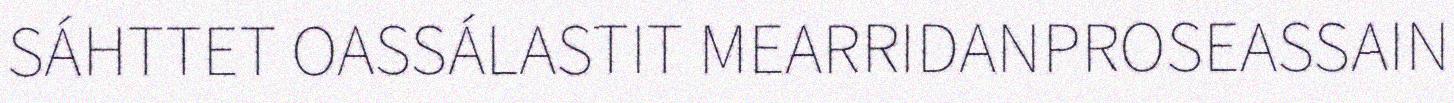
SÁHTTET OASSÁLASTIT MEARRIDANPROSEASSAIN